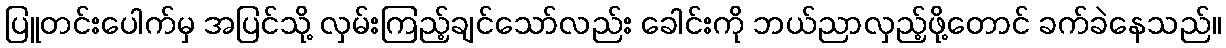
ပြူတင်းပေါက်မှ အပြင်သို့ လှမ်းကြည့်ချင်သော်လည်း ခေါင်းကို ဘယ်ညာလှည့်ဖို့တောင် ခက်ခဲနေသည်။